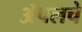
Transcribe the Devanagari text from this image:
ॲपलचे